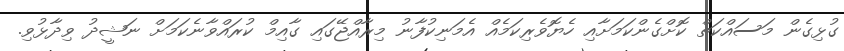
ގުޅިގެން މަސައްކަތް ކޮށްގެންކަމަށާއި ހެޔޮވެރިކަމެއް އެމަނިކުފާނު މިރާއްޖޭގައި ގާއިމް ކުރައްވާނެކަމަށް ނަޝީދު ވިދާޅުވި.